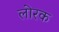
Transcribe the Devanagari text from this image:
लोरक